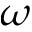
\omega